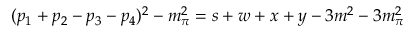
( p _ { 1 } + p _ { 2 } - p _ { 3 } - p _ { 4 } ) ^ { 2 } - m _ { \pi } ^ { 2 } = s + w + x + y - 3 m ^ { 2 } - 3 m _ { \pi } ^ { 2 }